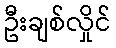
ဦးချစ်လှိုင်